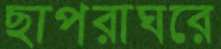
ছাপরাঘরে